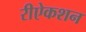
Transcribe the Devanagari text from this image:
रीऐकशन